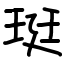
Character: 珽